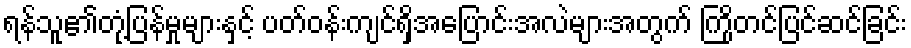
ရန်သူ၏တုံ့ပြန်မှုများနှင့် ပတ်ဝန်းကျင်ရှိအပြောင်းအလဲများအတွက် ကြိုတင်ပြင်ဆင်ခြင်း